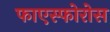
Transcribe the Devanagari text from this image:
फाएस्फोरोस